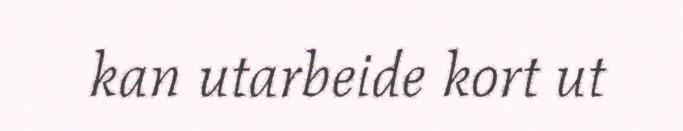
kan utarbeide kort ut